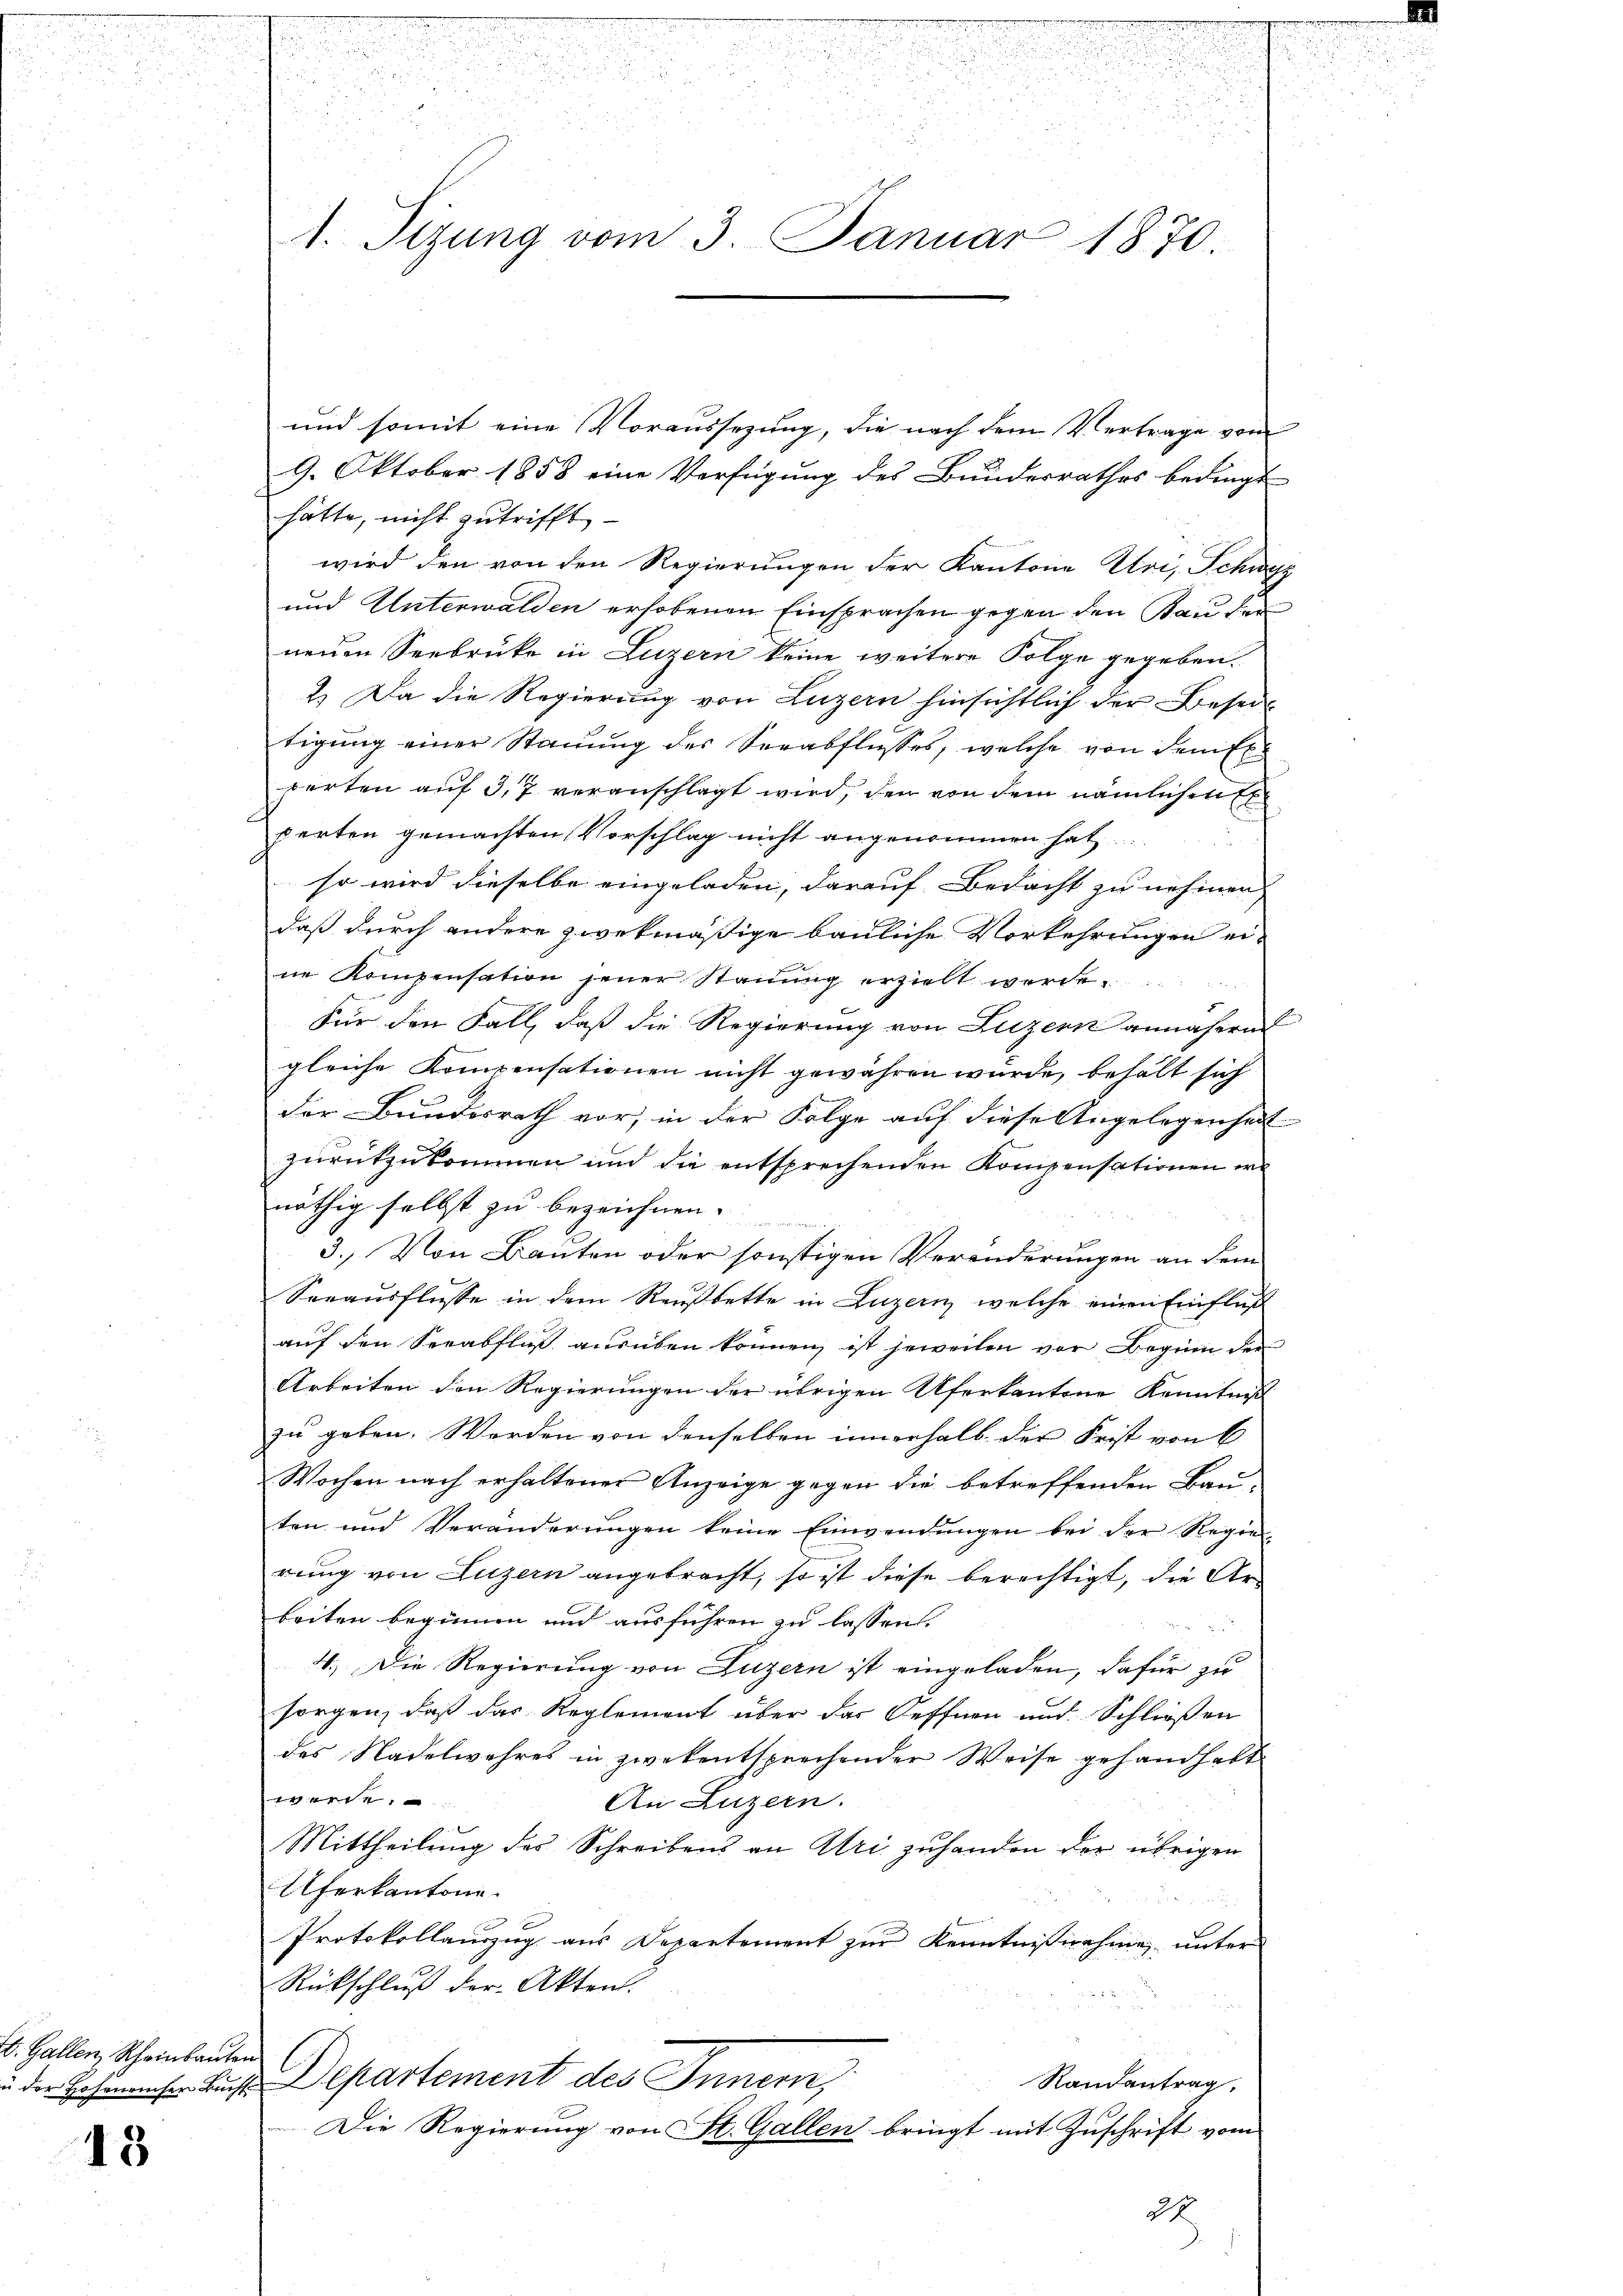
7. Gallen, Scheinbauten

13

und somit eine Voraussezung, die nach dem Vertrage von
9. Oktober 1858 eine Verfügung des Bundesrathes bedingt
hätte, nicht zutrifft
wird den von den Regierungen der Kantone Uri, Schwyz
und Unterwalden erhobenen Einsprachen gegen den Kaufen
neuen Seebruke in Luzern keine weitere Folge gegeben.
2.) Da die Regierung von Luzern hinsichtlich der Beseitigŭng einer Staŭŭng des Verabflusses, welche von dem fl.
perten auf 3,7 veranschlagt wird, den von dem nämlichen Ex
perten gemachten Vorschlag nicht angenommen hat
so wird dieselbe eingeladen, darauf Bedacht zu nehmen,
daß durch andere zwekmäßige bauliche Vorkehrungen eine Kompensation jener Stauung erzielt werde.
Für den Fall, daß die Regierung von Luzern annähern
gleiche Kompensationen nicht gewähren wurde, behält sich
der Bundesrath vor, in der Folge auf diese Angelegenheit
zurückzukommen und die entsprechenden Kompensationen er
nöthig selbst zu bezeichnen.
3. Von Bauten oder sonstigen Veränderungen an dem
Sorausflüsse in dem Reußbette in Luzern, welche einen Einfluß
auf den Seeabfließ ausüben können, ist jeweilen vor Beginn der
Arbeiten den Regierungen der übrigen Uferkantone Kenntniß
zu geben. Werden von denselben innerhalb der Frist von 6
Wochen nach erhaltener Anzeige gegen die betreffenden Bauten und Veränderungen keine Einwendungen bei der Regie-
rung von Luzern angebracht, so ist diese berechtigt, die Arbeiten beginnen und ausführen zu lassen.
4. Die Regierung von Luzern ist eingeladen, dafür zu
sorgen, daß das Reglement über der Oeffnen und Schließen
des Nadelwehres in zwekentsprechender Weise gehandhabt
werde.
An Luzern.
Mittheilung des Schreibens an Uri zuhanden der übrigen
Uferkantone

Protokollauszug aus Departement zur Kenntnißnahme unter
Rückschluß der Akten.
Randantrag,
Bus Departement des Innern,
Die Regierung von St. Gallen bringt mit Zuschrift vom
24

.
S

.
.
2
.
i
.

2
d
1. Sizung vom 3. Januar 1870.